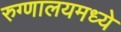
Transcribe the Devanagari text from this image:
रुग्णालयमध्ये